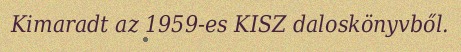
Kimaradt az 1959-es KISZ daloskönyvből.